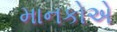
માનકોએ